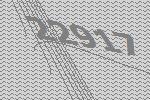
22917